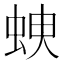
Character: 𧊠